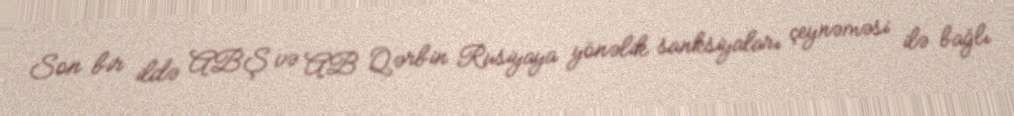
Son bir ildə ABŞ və AB Qərbin Rusiyaya yönəlik sanksiyaları çeynəməsi ilə bağlı